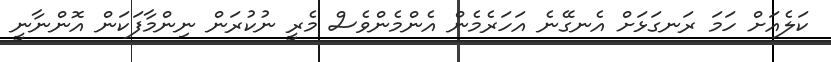
ކަލެއަށް ހަމަ ރަނގަޅަށް އެނގޭނެ އަހަރެމެން އެންމެންވެސް މެރީ ނުކުރަން ނިންމާފަކަން އޮންނާނީ